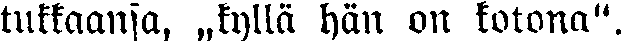
tukkaansa, „kyllä hän on kotona".